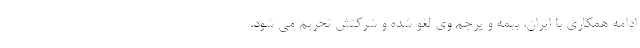
ادامه همکاری با ایران، بیمه و پرچم وی لغو شده و شرکتش تحریم می شود.